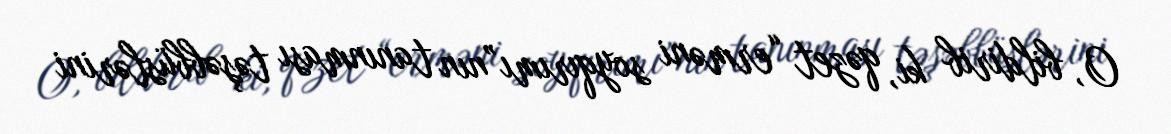
O, bildirib ki, qəzet “erməni soyqırımı”nın tanınması təşəbbüslərini